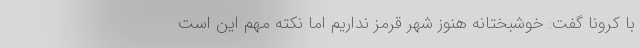
با کرونا گفت: خوشبختانه هنوز شهر قرمز نداریم اما نکته مهم این است